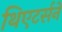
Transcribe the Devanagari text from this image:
थिएटर्सने